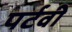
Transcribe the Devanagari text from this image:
पर्टवी